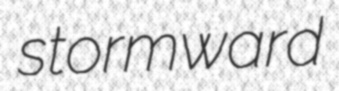
stormward